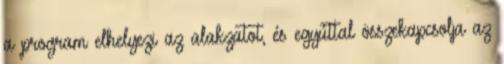
a program elhelyezi az alakzatot, és egyúttal összekapcsolja az